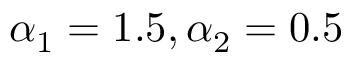
\alpha _ { 1 } = 1 . 5 , \alpha _ { 2 } = 0 . 5